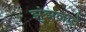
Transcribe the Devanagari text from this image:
झुंझलाते